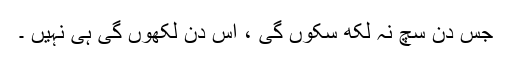
جس دن سچ نہ لکھ سکوں گی ، اس دن لکھوں گی ہی نہیں ۔